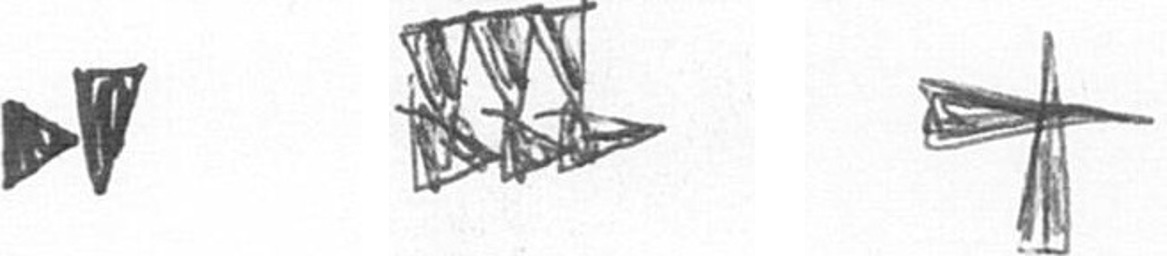
M D G